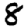
Digit: 8